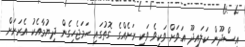
އިސްދޫން ކަލައިދޫ އަވަށް ވަކިވެ ވަކި ރަށެއްގެ ގޮތުގައި ހަމަޖެހިގެން ދިޔުމާއެކު އެރަށަށް